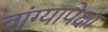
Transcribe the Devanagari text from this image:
वांग्यापेक्षा